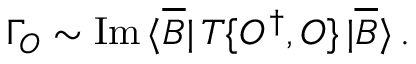
\Gamma _ { \cal O } \sim \mathrm { I m } \, \langle \overline { { B } } | \, T \{ { \cal O } ^ { \dagger } , { \cal O } \} \, | \overline { { B } } \rangle \, .